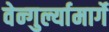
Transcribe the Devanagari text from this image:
वेन्गुर्ल्यामार्गे